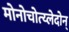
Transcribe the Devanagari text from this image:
मोनोचोत्य्लेदोन्